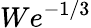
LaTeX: We^{-1/3}